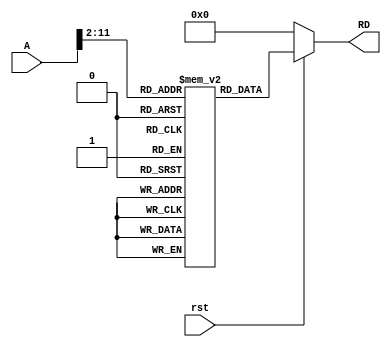
module Instruction_Memory (rst,A,RD);

   input [31:0] A;
   input rst;

   output [31:0] RD;

   reg [31:0] Mem [1023:0];   // creating memory // reg is the mem of 32 bit have 1024 resisters in it of 32 bit

   // Mem[A];   // giving instruction at the location A

   assign RD = (rst == 1'b0) ? 32'h00000000 : Mem[A[31:2]];

   initial begin
      //Mem[0] = 32'hFFC4A303;
      //Mem[1] = 32'h00832383;
      // Mem[0] = 32'h0064A423;
      // Mem[1] = 32'h00B62423;
      Mem[0] = 32'h0062E233;
      // Mem[1] = 32'h00B62423;
   end

endmodule